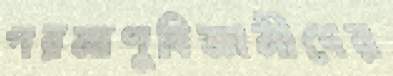
পরমাণুবিজ্ঞানীদের